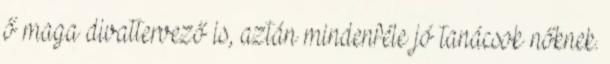
ő maga divattervező is, aztán mindenféle jó tanácsok nőknek.